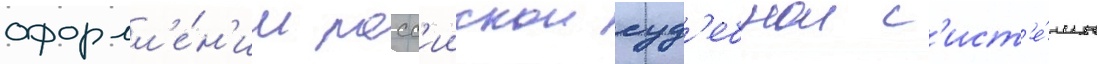
оформл'е́н'ии росс'иискои суд'ебнои с'ист'е́мы